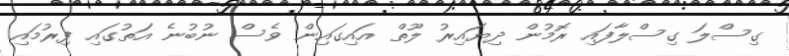
ގިސްލަ ގިސްލާފައި ރޮމުން ދިޔައިރު ލޫތް އައިގައިން ވެސް ނުބުނެ އަތުގައި ފިރުމައި